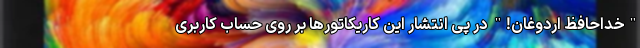
"خداحافظ اردوغان!" در پی انتشار این کاریکاتورها بر روی حساب کاربری